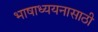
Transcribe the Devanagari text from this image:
भाषाध्ययनासाठी